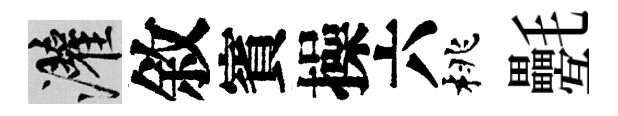
灌敘賓操六桃氎